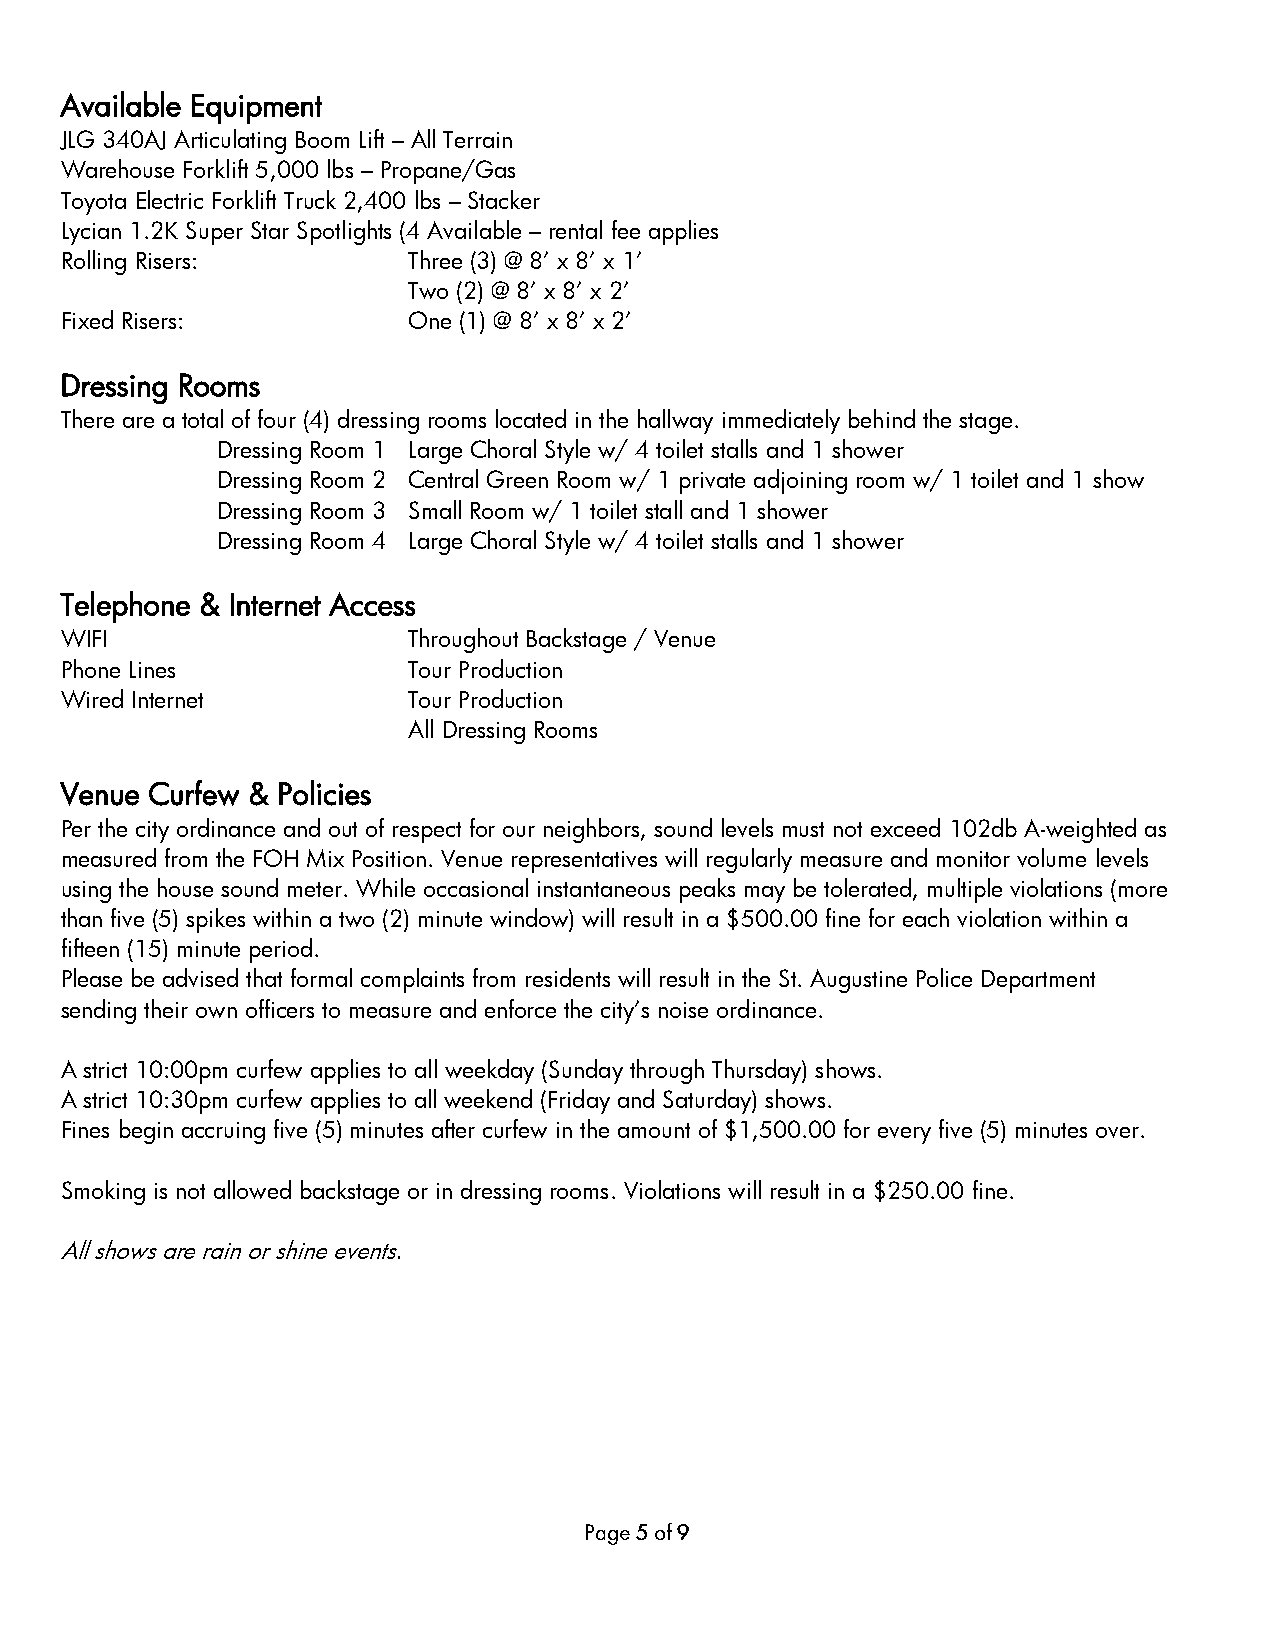
Available Equipment
 JLG 340AJ Articulating Boom Lift – All Terrain
 Warehouse Forklift 5,000 lbs – Propane/Gas
 Toyota Electric Forklift Truck 2,400 lbs – Stacker
 Lycian 1.2K Super Star Spotlights (4 Available – rental fee applies
 Rolling Risers:        Three (3) @ 8’ x 8’ x 1’
 Two (2) @ 8’ x 8’ x 2’
 Fixed Risers:          One (1) @ 8’ x 8’ x 2’
 Dressing Rooms
 There are a total of four (4) dressing rooms located in the hallway immediately behind the stage.
 Dressing Room 1 Large Choral Style w/ 4 toilet stalls and 1 shower
 Dressing Room 2 Central Green Room w/ 1 private adjoining room w/ 1 toilet and 1 show
 Dressing Room 3 Small Room w/ 1 toilet stall and 1 shower
 Dressing Room 4 Large Choral Style w/ 4 toilet stalls and 1 shower
 Telephone & Internet Access
 WIFI                   Throughout Backstage / Venue
 Phone Lines            Tour Production
 Wired Internet         Tour Production
 All Dressing Rooms
 Venue Curfew & Policies
 Per the city ordinance and out of respect for our neighbors, sound levels must not exceed 102db A-weighted as
 measured from the FOH Mix Position. Venue representatives will regularly measure and monitor volume levels
 using the house sound meter. While occasional instantaneous peaks may be tolerated, multiple violations (more
 than five (5) spikes within a two (2) minute window) will result in a $500.00 fine for each violation within a
 fifteen (15) minute period.
 Please be advised that formal complaints from residents will result in the St. Augustine Police Department
 sending their own officers to measure and enforce the city’s noise ordinance.
 A strict 10:00pm curfew applies to all weekday (Sunday through Thursday) shows.
 A strict 10:30pm curfew applies to all weekend (Friday and Saturday) shows.
 Fines begin accruing five (5) minutes after curfew in the amount of $1,500.00 for every five (5) minutes over.
 Smoking is not allowed backstage or in dressing rooms. Violations will result in a $250.00 fine.
 All shows are rain or shine events.